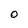
Character: O